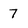
Character: 7